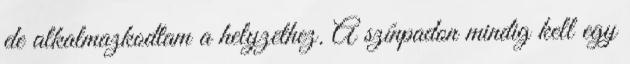
de alkalmazkodtam a helyzethez. A színpadon mindig kell egy